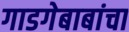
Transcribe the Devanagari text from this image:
गाडगेबाबांचा